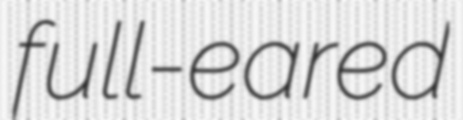
full-eared